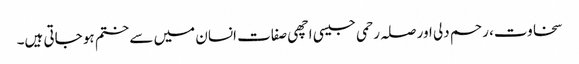
سخاوت، رحم دلی اور صلہ رحمی جیسی اچھی صفات انسان میں سے ختم ہو جاتی ہیں۔